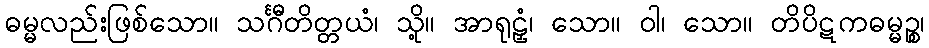
ဓမ္မလည်းဖြစ်သော။ သင်္ဂီတိတ္တယံ၊ သို့။ အာရုဠှံ၊ သော။ ဝါ၊ သော။ တိပိဋကဓမ္မဉ္စ၊